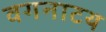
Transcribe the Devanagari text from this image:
वगनाटय